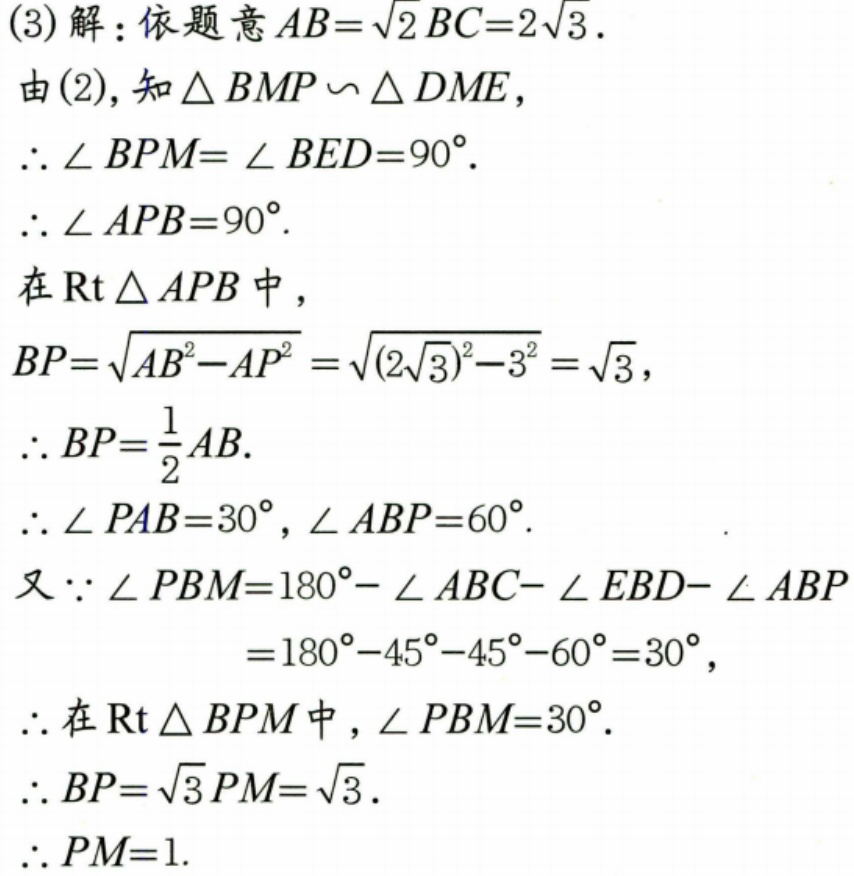
(3) 解：依题意\(AB = \sqrt{2}BC = 2\sqrt{3}\).
由(2), 知\(\triangle BMP\backsim\triangle DME\)，
\(\therefore\angle BPM = \angle BED = 90^{\circ}\).
\(\therefore\angle APB = 90^{\circ}\).
在\(\text{Rt}\triangle APB\)中，
\(BP = \sqrt{AB^{2}-AP^{2}}=\sqrt{(2\sqrt{3})^{2}-3^{2}}=\sqrt{3}\)，
\(\therefore BP=\frac{1}{2}AB\).
\(\therefore\angle PAB = 30^{\circ}\), \(\angle ABP = 60^{\circ}\).
又\(\because\angle PBM = 180^{\circ}-\angle ABC-\angle EBD-\angle ABP\)
\(=180^{\circ}-45^{\circ}-45^{\circ}-60^{\circ}=30^{\circ}\)，
\(\therefore\)在\(\text{Rt}\triangle BPM\)中，\(\angle PBM = 30^{\circ}\).
\(\therefore BP = \sqrt{3}PM=\sqrt{3}\).
\(\therefore PM = 1\).